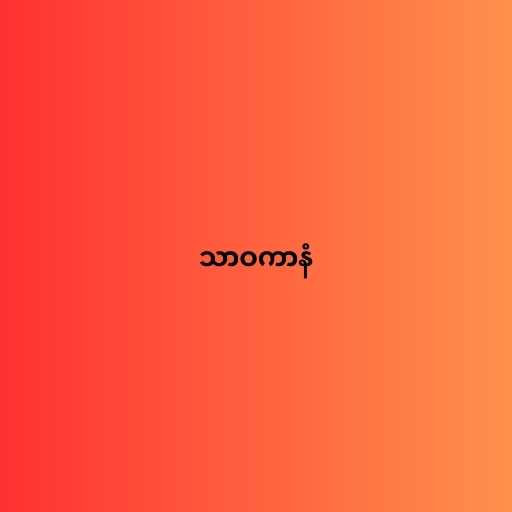
သာဝကာနံ